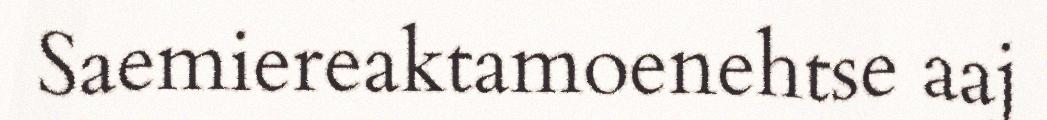
Saemiereaktamoenehtse aaj